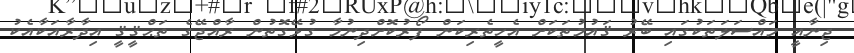
ޖިނާއީ މައްސަލަތަކުގައި ބޭރު ޤައުމުތަކަށް އެހީތެރިކަން ފޯރުކޮށްދިނުމާ ގުޅޭގޮތުން ރާއްޖޭގެ ތަޙްޤީޤީ އިދާރާއަކާއެކު